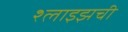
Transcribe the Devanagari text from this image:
श्लाइझची